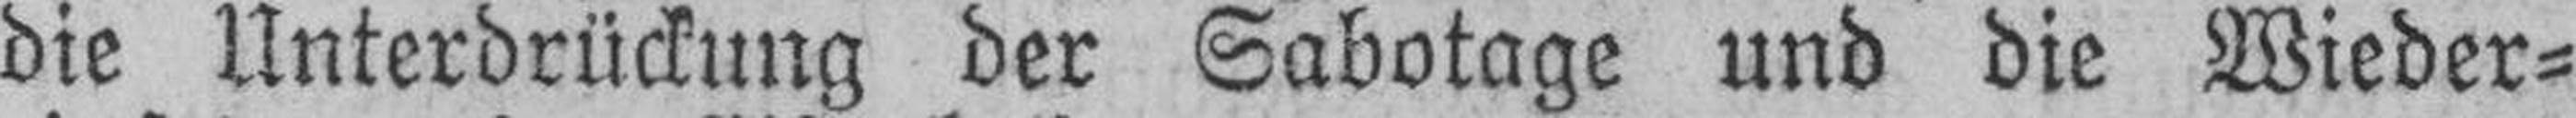
die Unterdrückung der Sabotage und die Wieder¬